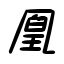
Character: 凰